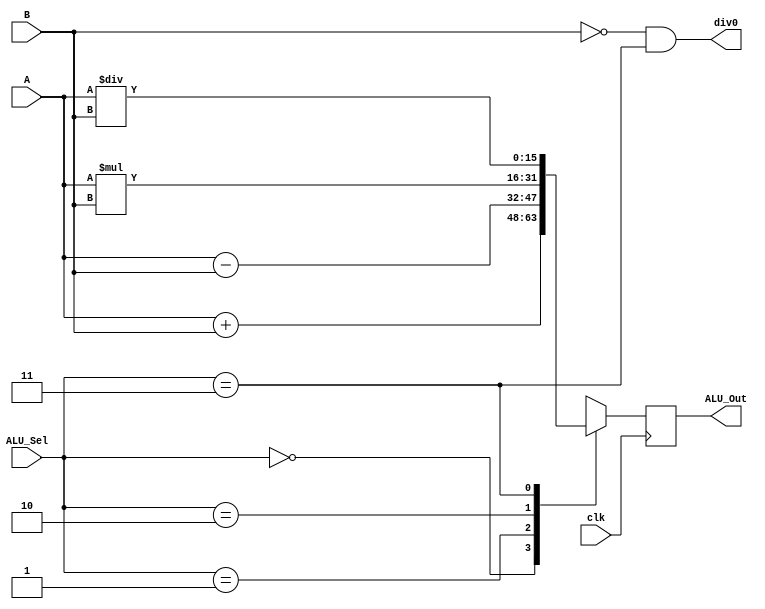
`timescale 1ns / 1ps
//////////////////////////////////////////////////////////////////////////////////
// Company: 
// Engineer: 
// 
// Design Name: 
// Module Name: ALU
// Project Name: 
// Target Devices: 
// Tool Versions: 
// Description: 
// 
// Dependencies: 
// 
// Revision:
// Revision 0.01 - File Created
// Additional Comments:
// 
//////////////////////////////////////////////////////////////////////////////////


module ALU(
           input [15:0] A,B,  // ALU 16-bit Inputs                 
           input [1:0] ALU_Sel,// ALU Selection
           input clk,
           output [15:0] ALU_Out, // ALU 16-bit Output
           output div0
    );
    
    reg [15:0] ALU_Result=0;
    assign ALU_Out = ALU_Result; // ALU out
    assign div0=(B==0&&ALU_Sel==2'b11);
    
    always @(posedge clk)
    begin
        case(ALU_Sel)
        2'b00: // Addition
           ALU_Result <= A + B ; 
        2'b01: // Subtraction
           ALU_Result <= A - B ;
        2'b10: // Multiplication
           ALU_Result <= A * B;
        2'b11: // Division
           ALU_Result <= A/B;
          default: ALU_Result = 16'sd9999 ; 
        endcase
    end

endmodule